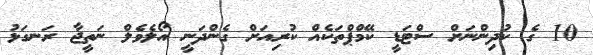
10 ގެ ކުދިންނަށް ސްޓަޑީ ކޭމްޕްތަކެއް ކުރިއަށް ގެންދަނީ އޯލެވެލް ނަތީޖާ ރަނގަޅު